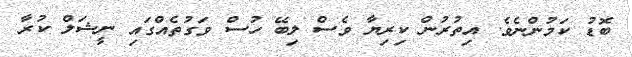
ބޮޑު ކަމުންނެވެ. އިތުރުން ކިރިޔާ ވެސް ލިބޭ ހުސް ވަގުތެއްގައި ނީޝަލް ކުރާ